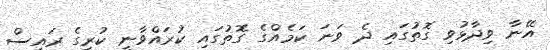
އޭނާ ވިދާޅުވި ގޮތުގައި ދެ ވަނަ ކަމެއްގެ ގޮތުގައި ކުރައްވާނީ ކުރީގެ ރައީސް